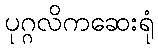
ပုဂ္ဂလိကဆေးရုံ